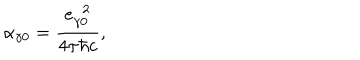
\alpha _ { \gamma 0 } = \frac { e _ { \gamma 0 } ^ { \ \ 2 } } { 4 \pi \hbar c } ,